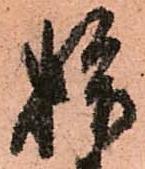
拾